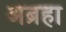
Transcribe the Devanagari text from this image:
अब्रहा